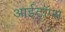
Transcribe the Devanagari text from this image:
आईटॉप्स